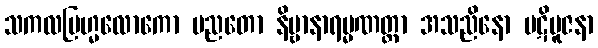
သကလဗြဟ္မလောကော မညတော နိဗ္ဗာနာရမ္မဏတ္တာ အသညိနော ပဋိပူဇနာ